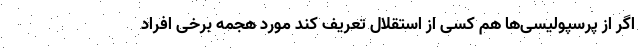
اگر از پرسپولیسی‌ها هم کسی از استقلال تعریف کند مورد هجمه برخی افراد